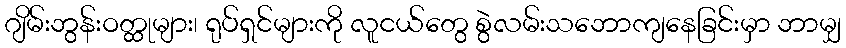
ဂျိမ်းဘွန်းဝတ္ထုများ၊ ရုပ်ရှင်များကို လူငယ်တွေ စွဲလမ်းသဘောကျနေခြင်းမှာ ဘာမျှ